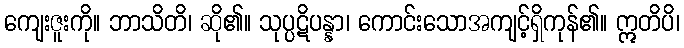
ကျေးဇူးကို။ ဘာသိတိ၊ ဆို၏။ သုပ္ပဋိပန္နာ၊ ကောင်းသောအကျင့်ရှိကုန်၏။ ဣတိပိ၊